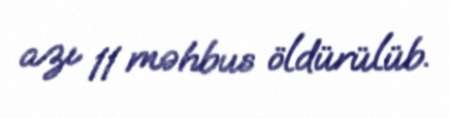
azı 11 məhbus öldürülüb.